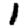
Digit: 1